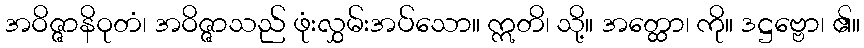
အဝိဇ္ဇာနိဝုတံ၊ အဝိဇ္ဇာသည် ဖုံးလွှမ်းအပ်သော။ ဣတိ၊ သို့။ အတ္ထော၊ ကို။ ဒဋ္ဌဗ္ဗော၊ ၏။